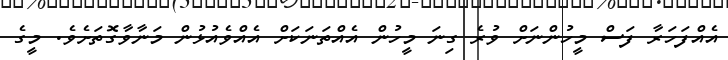
އެއްފަހަރާ ފަސް މީހުންނަށް ވުރެ ގިނަ މީހުން އެއްތަނަކަށް އެއްވެއުޅުން މަނާވާގޮތަށެވެ. މީގެ